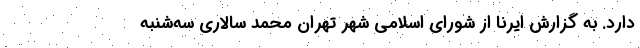
دارد. به گزارش ایرنا از شورای اسلامی شهر تهران محمد سالاری سه‌شنبه